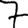
Digit: 7